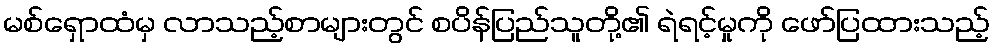
မစ်ရှောထံမှ လာသည့်စာများတွင် စပိန်ပြည်သူတို့၏ ရဲရင့်မှုကို ဖော်ပြထားသည့်